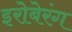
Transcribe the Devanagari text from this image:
इरोबेरंग